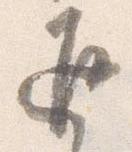
返